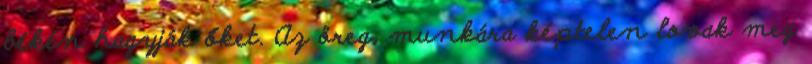
békén hagyják őket. Az öreg, munkára képtelen lovak meg